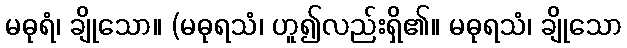
မဓုရံ၊ ချိုသော။ (မဓုရသံ၊ ဟူ၍လည်းရှိ၏။ မဓုရသံ၊ ချိုသော